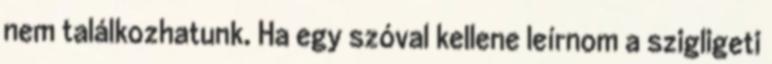
nem találkozhatunk. Ha egy szóval kellene leírnom a szigligeti